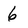
Character: 6